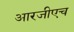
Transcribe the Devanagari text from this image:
आरजीएच